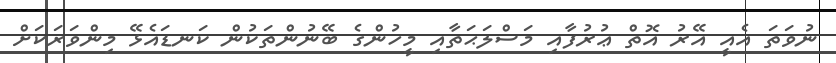
ނުވަތަ އެއީ އޭރު އޮތް ޢުރުފާއި މަސްލަޙަތާއި މީހުންގެ ބޭނުންތަކުން ކަނޑައެޅޭ މިންވަރަކަށް